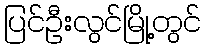
ပြင်ဦးလွင်မြို့တွင်